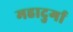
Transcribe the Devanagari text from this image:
महादुर्गा